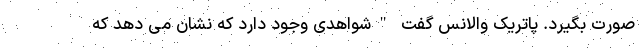
صورت بگیرد. پاتریک والانس گفت "شواهدی وجود دارد که نشان می دهد که